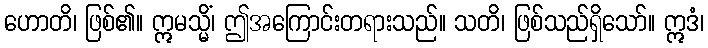
ဟောတိ၊ ဖြစ်၏။ ဣမသ္မိံ၊ ဤအကြောင်းတရားသည်။ သတိ၊ ဖြစ်သည်ရှိသော်။ ဣဒံ၊